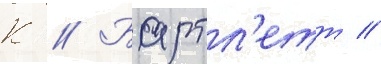
К // Бартл'етт //